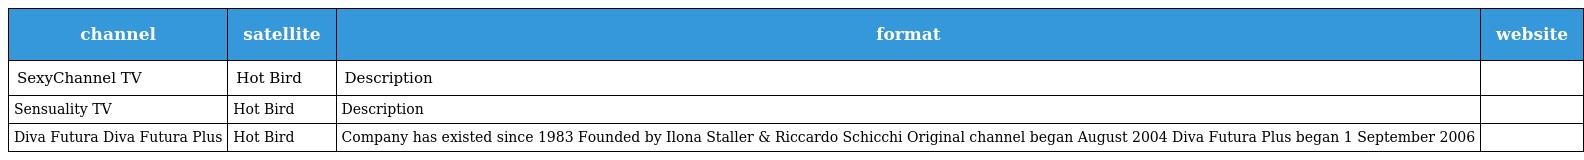
| channel | satellite | format | website |
 | --- | --- | --- | --- |
 | SexyChannel TV | Hot Bird | Description |  |
 | Sensuality TV | Hot Bird | Description |  |
 | Diva Futura Diva Futura Plus | Hot Bird | Company has existed since 1983 Founded by Ilona Staller & Riccardo Schicchi Original channel began August 2004 Diva Futura Plus began 1 September 2006 |  |